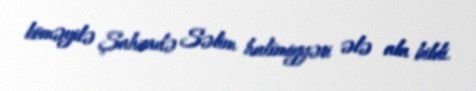
köməyilə Şahzadə Səlim hakimiyyəti ələ ala bildi.